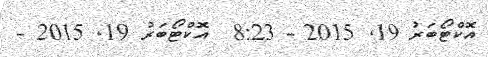
އޮކްޓޯބަރު 19